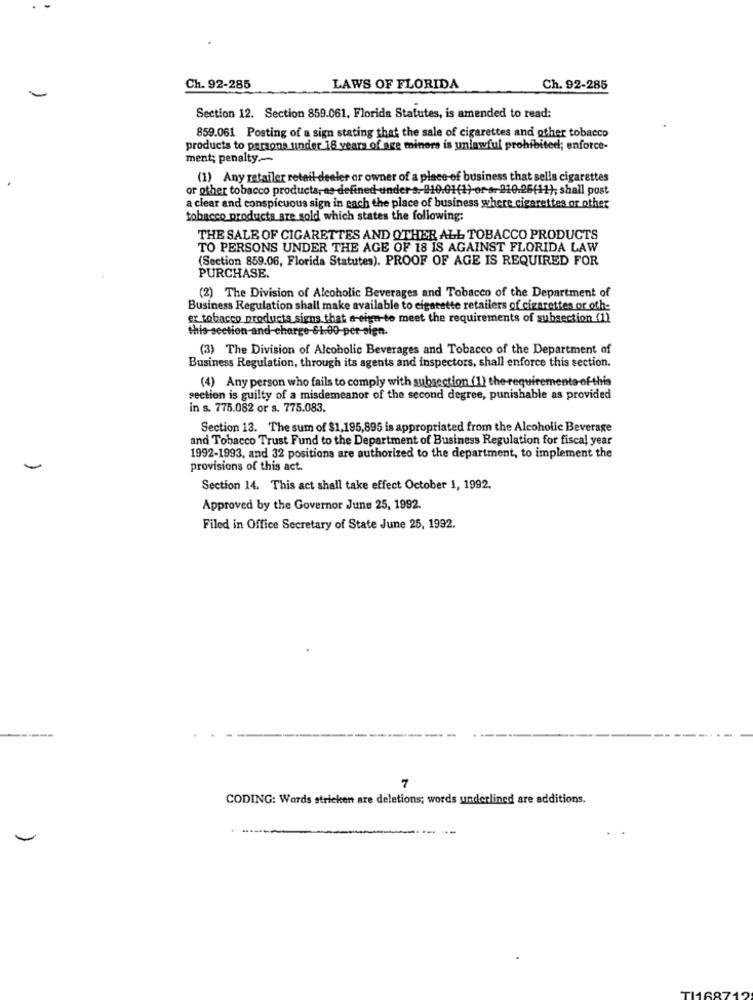
Ch. 92-285
LAWS OF FLORIDA
Ch. 92-285
Section 12. Section 859.061, Florida Statutes, is amended to read:
859.061 Posting of a sign stating that the sale of cigarettes and other tobacco
products to persons under 18 years of age minors is unlawful prohibited; enforce-
ment; penalty.
(1) Any retailer retail dealer or owner of a place-of business that sells cigarettes
or other tobacco products, as defined-unders. 010.01(1) or s- 010.26(11), shall post
a clear and conspicuous sign in each the place of business where cigarettes or other
tobacco products are sold which states the following:
THE SALE OF CIGARETTES AND OTHER ALL TOBACCO PRODUCTS
TO PERSONS UNDER THE AGE OF 18 IS AGAINST FLORIDA LAW
(Section 859.06, Florida Statutes). PROOF OF AGE IS REQUIRED FOR
PURCHASE.
(2) The Division of Alcoholic Beverages and Tobacco of the Department of
Business Regulation shall make available to cigarette retailers of cigarettes or oth-
ex tobacco products signs that s-eign-to meet the requirements of subsection (1)
this section-and-charge-61.00-per-sign.
(3) The Division of Alcoholic Beverages and Tobacco of the Department of
Business Regulation, through its agents and inspectors, shall enforce this section.
(4) Any person who fails to comply with subsection (1) the-requirements of this
section is guilty of a misdemeanor of the second degree, punishable as provided
in s. 775.082 or s. 775.083.
Section 13. The sum of $1,195,895 is appropriated from the Alcoholic Beverage
and Tobacco Trust Fund to the Department of Business Regulation for fiscal year
1992-1993, and 32 positions are authorized to the department, to implement the
-
provisions of this act.
Section 14. This act shall take effect October 1, 1992.
Approved by the Governor June 25, 1992.
Filed in Office Secretary of State June 25, 1992.
7
CODING: Words stricken are deletions; words underlined are additions.